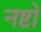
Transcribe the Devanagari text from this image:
नष्टो